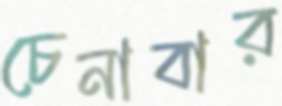
চেনাবার